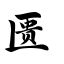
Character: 匮